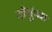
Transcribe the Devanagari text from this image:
गोपुंच्या